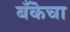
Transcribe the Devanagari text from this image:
बँकॆचा